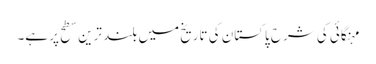
مہنگائی کی شرح پاکستان کی تاریخ میں بلند ترین سطح پر ہے۔